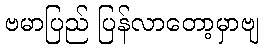
ဗမာပြည် ပြန်လာတော့မှာဗျ